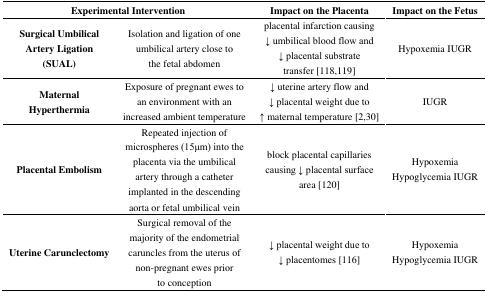
<table><thead><tr><td colspan="2"><b>Experimental Intervention</b></td><td><b>Impact on the Placenta</b></td><td><b>Impact on the Fetus</b></td></tr></thead><tbody><tr><td><b>Surgical Umbilical Artery Ligation (SUAL)</b></td><td>Isolation and ligation of one umbilical artery close to the fetal abdomen</td><td>placental infarction causing ↓ umbilical blood flow and ↓ placental substrate transfer [118,119]</td><td>Hypoxemia IUGR</td></tr><tr><td><b>Maternal Hyperthermia</b></td><td>Exposure of pregnant ewes to an environment with an increased ambient temperature</td><td>↓ uterine artery flow and ↓ placental weight due to ↑ maternal temperature [2,30]</td><td>IUGR</td></tr><tr><td><b>Placental Embolism</b></td><td>Repeated injection of microspheres (15μm) into the placenta via the umbilical artery through a catheter implanted in the descending aorta or fetal umbilical vein</td><td>block placental capillaries causing ↓ placental surface area [120]</td><td>Hypoxemia Hypoglycemia IUGR</td></tr><tr><td><b>Uterine Carunclectomy</b></td><td>Surgical removal of the majority of the endometrial caruncles from the uterus of non-pregnant ewes prior to conception</td><td>↓ placental weight due to ↓ placentomes [116]</td><td>Hypoxemia Hypoglycemia IUGR</td></tr></tbody></table>